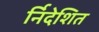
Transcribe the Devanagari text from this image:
र्निदेशित